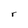
Character: r